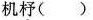
机杼( )